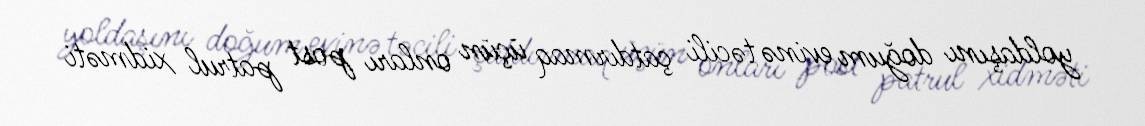
yoldaşını doğum evinə təcili çatdırmaq üçün onları post patrul xidməti